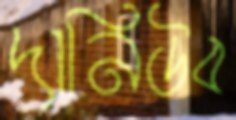
দানিউব